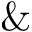
\&